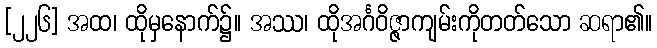
[၂၂၆] အထ၊ ထိုမှနောက်၌။ အဿ၊ ထိုအင်္ဂဝိဇ္ဇာကျမ်းကိုတတ်သော ဆရာ၏။